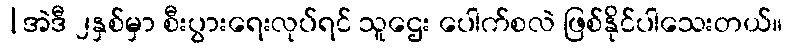
|အဲဒီ ၂နှစ်မှာ စီးပွားရေးလုပ်ရင် သူဌေး ပေါက်စလဲ ဖြစ်နိုင်ပါသေးတယ်။